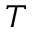
T